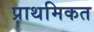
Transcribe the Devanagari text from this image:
प्राथमिकत